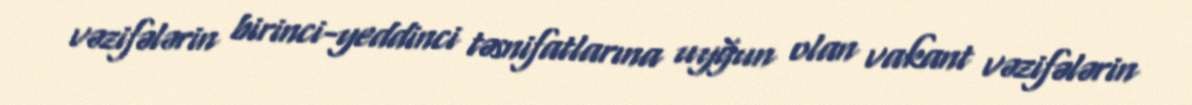
vəzifələrin birinci-yeddinci təsnifatlarına uyğun olan vakant vəzifələrin